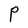
Character: P